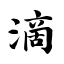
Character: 滴